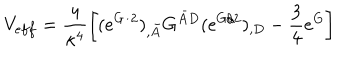
LaTeX: V _ { e f f } = \frac { 4 } { \kappa ^ { 4 } } \left[ ( e ^ { G / 2 } ) _ { , \bar { A } } G ^ { \bar { A } D } ( e ^ { G / 2 } ) _ { , D } - \frac { 3 } { 4 } e ^ { G } \right]